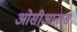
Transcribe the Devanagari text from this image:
ओसीआनास